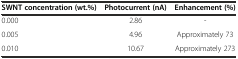
<table><thead><tr><td><b>SWNT concentration (wt.%)</b></td><td><b>Photocurrent (nA)</b></td><td><b>Enhancement (%)</b></td></tr></thead><tbody><tr><td>0.000</td><td>2.86</td><td>-</td></tr><tr><td>0.005</td><td>4.96</td><td>Approximately 73</td></tr><tr><td>0.010</td><td>10.67</td><td>Approximately 273</td></tr></tbody></table>